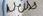
Text: Weiss